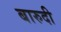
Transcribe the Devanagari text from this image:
बारुदी